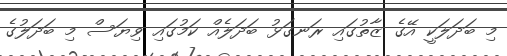
މި ބަދަލަކީ އޭގެ ޒާތުގައި ރަނގަޅު ބަދަލެއް ކަމުގައި ވިޔަސް މި ބަދަލުގެ